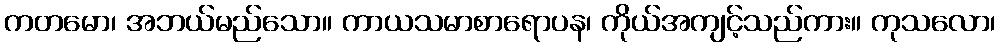
ကတမော၊ အဘယ်မည်သော။ ကာယသမာစာရောပန၊ ကိုယ်အကျင့်သည်ကား။ ကုသလော၊